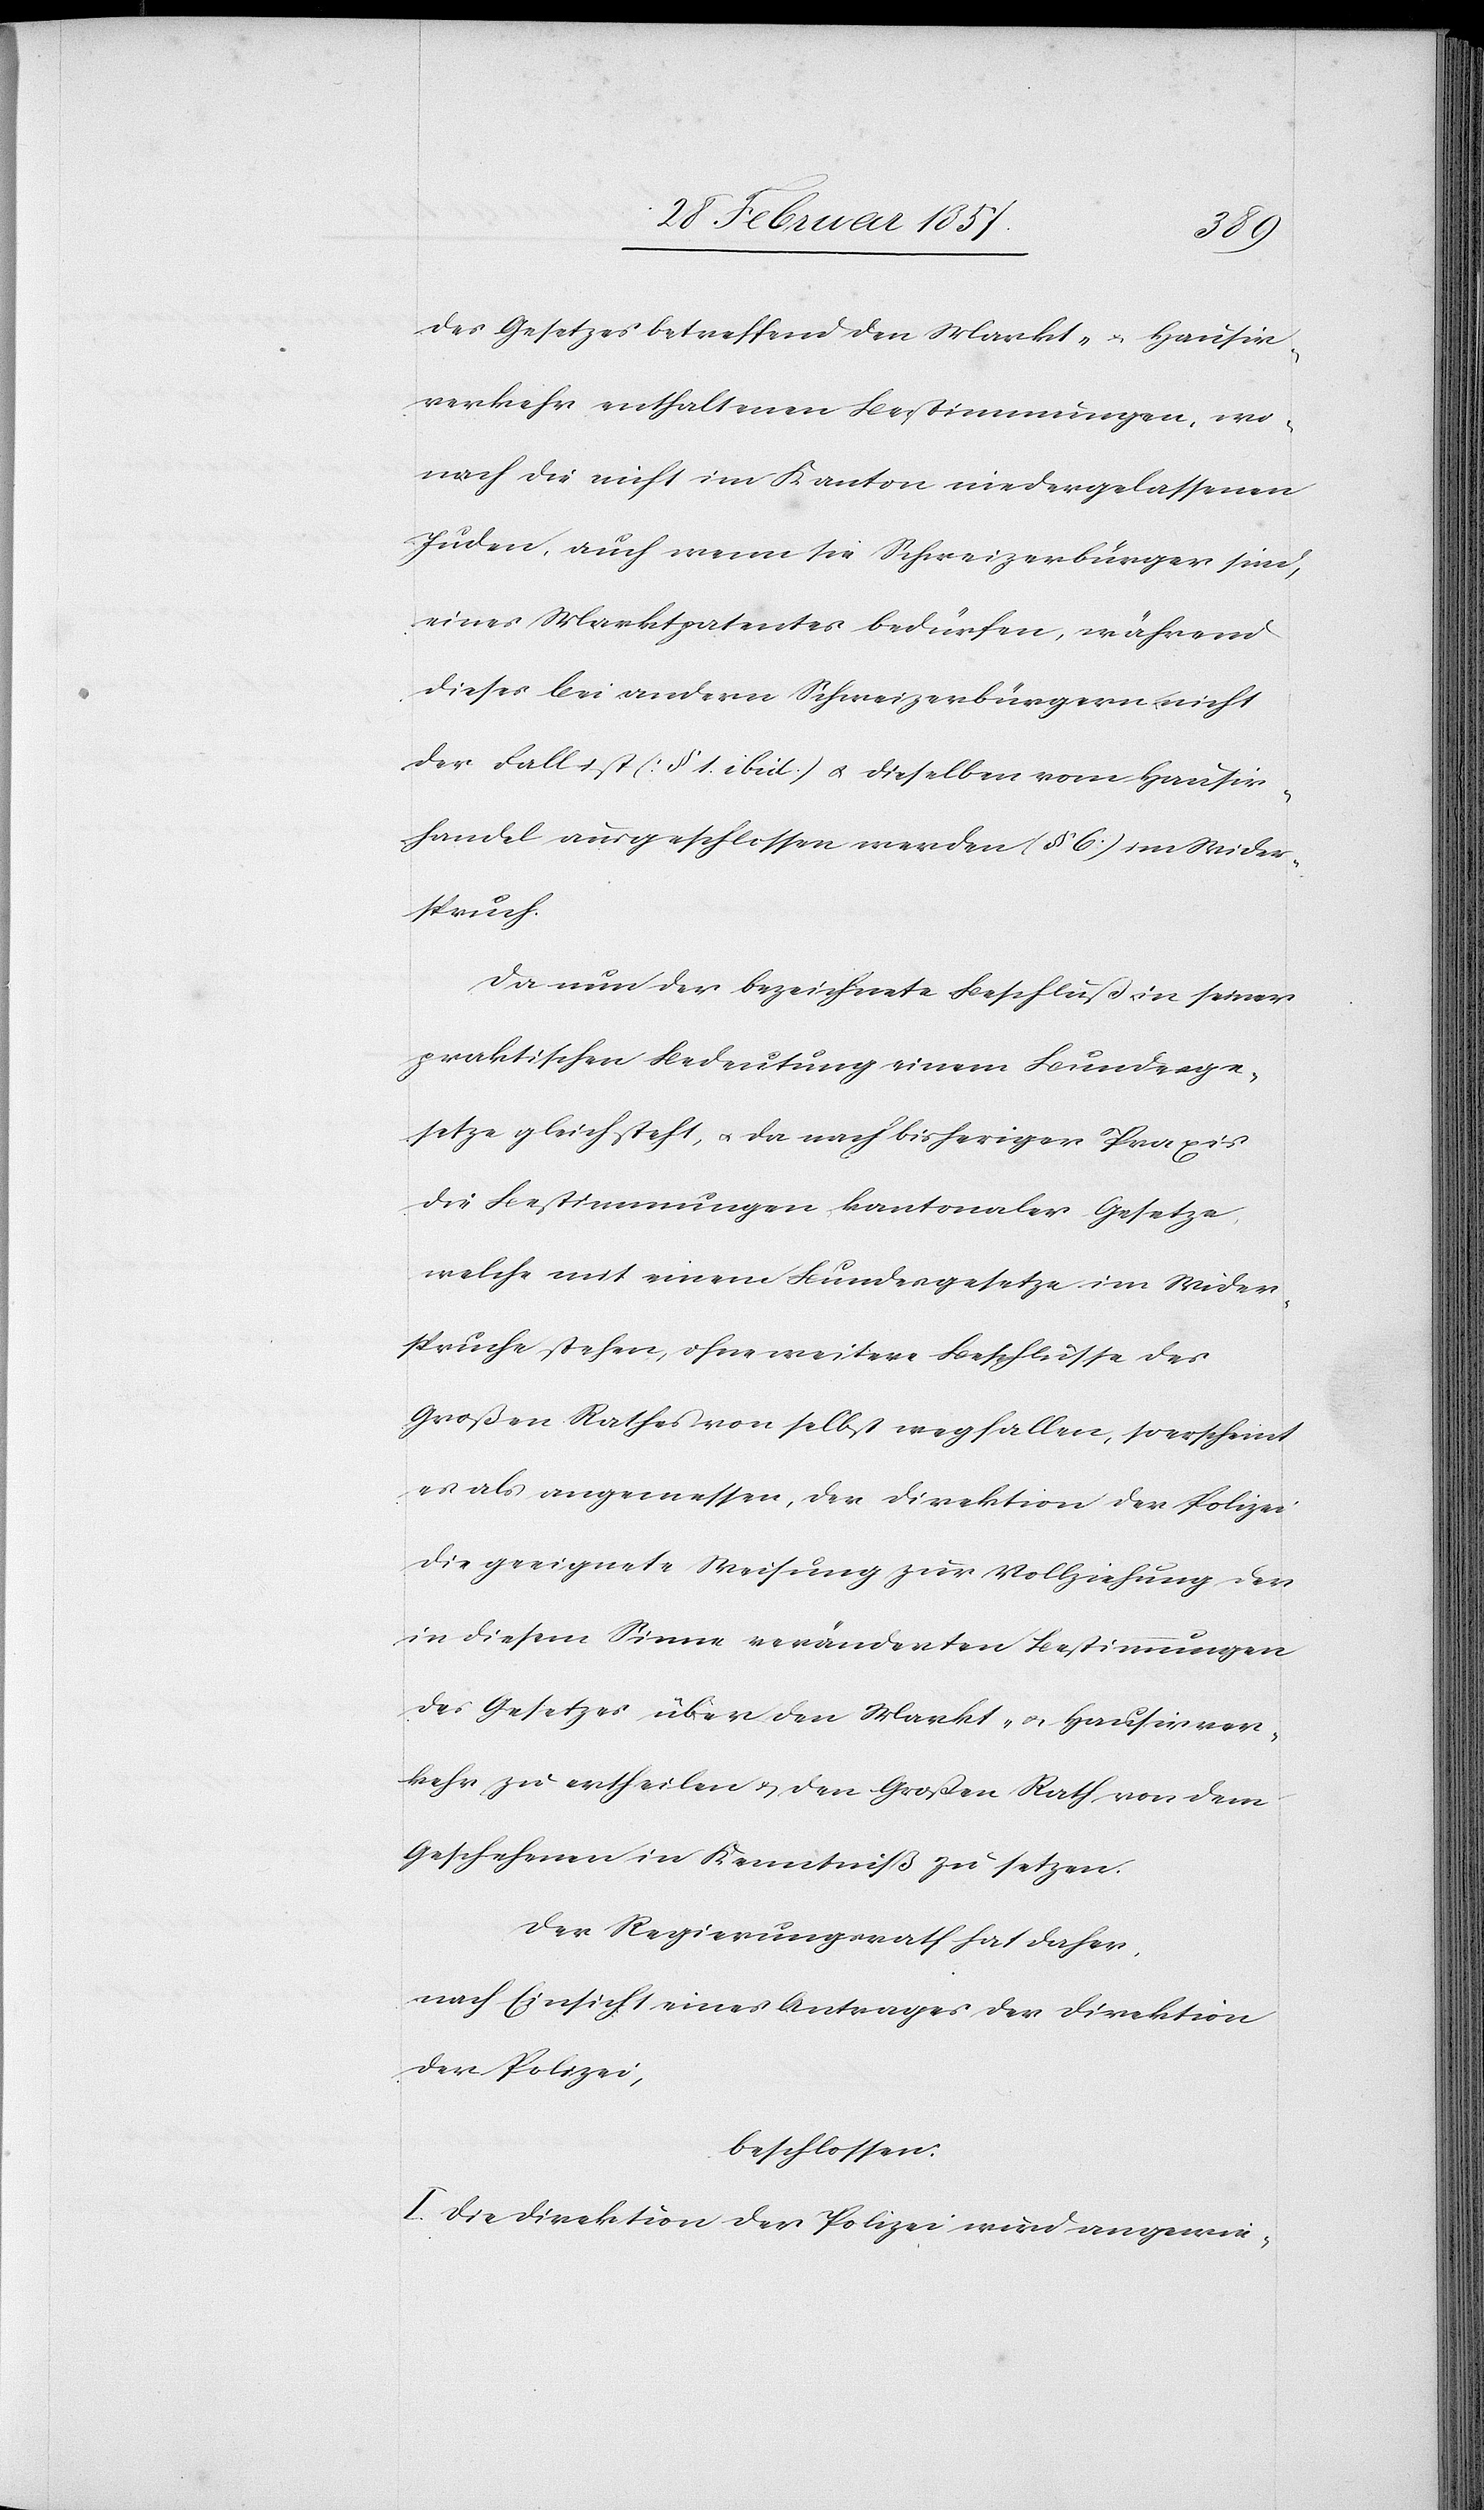
des Gesetzes betreffend den Markt- u. Hausir¬
verkehr enthaltenen Bestimmungen, wo¬
nach die nicht im Kanton niedergelassenen
Juden, auch wenn sie Schweizerbürger sind,
eines Marktpatentes bedürfen, während
dieses bei andern Schweizerbürgern nicht
der Fall ist (§ 1. ibid.) u. dieselben vom Hausir¬
handel ausgeschlossen werden (§ 6) im Wider¬
spruch.
Da nun der bezeichnete Beschluß in seiner
praktischen Bedeutung einem Bundesge¬
setze gleichsteht, u. da nach bisheriger Praxis
die Bestimmungen kantonaler Gesetze,
welche mit einem Bundesgesetze im Wider¬
spruche stehen, ohne weitere Beschlüsse des
Großen Rathes von selbst wegfallen, so erscheint
es als angemessen, der Direktion der Polizei
die geeignete Weisung zur Vollziehung der
in diesem Sinne veränderten Bestimmungen
des Gesetzes über den Markt- u. Hausirver¬
kehr zu ertheilen u. den Großen Rath von dem
Geschehenen in Kenntniß zu setzen.
Der Regierungsrath hat daher,
nach Einsicht eines Antrages der Direktion
der Polizei,
beschlossen:
I. Die Direktion der Polizei wird angewie-